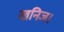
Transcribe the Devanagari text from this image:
खनिज।